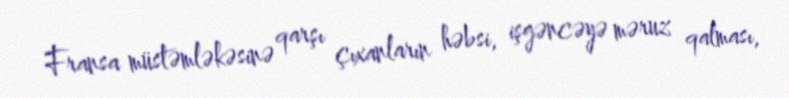
Fransa müstəmləkəsinə qarşı çıxanların həbsi, işgəncəyə məruz qalması,